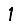
Digit: 1